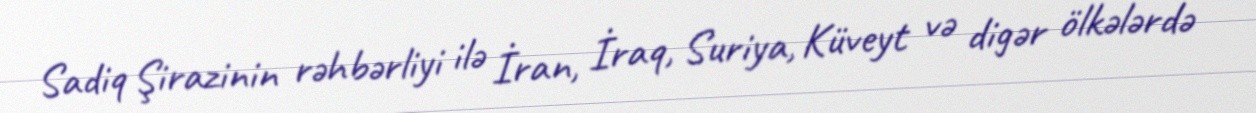
Sadiq Şirazinin rəhbərliyi ilə İran, İraq, Suriya, Küveyt və digər ölkələrdə